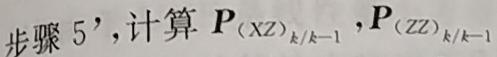
步骤 5', 计算 $P_{(XZ)_{k/k - 1}},P_{(ZZ)_{k/k - 1}}$